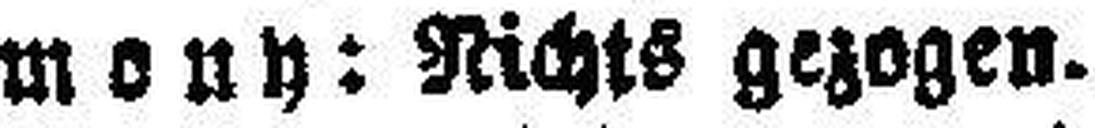
mony: Nichts gezogen.